Civil Veterinary Dept. North-West Frontier Province 1901-22 - 1901-1922
Year: 1901
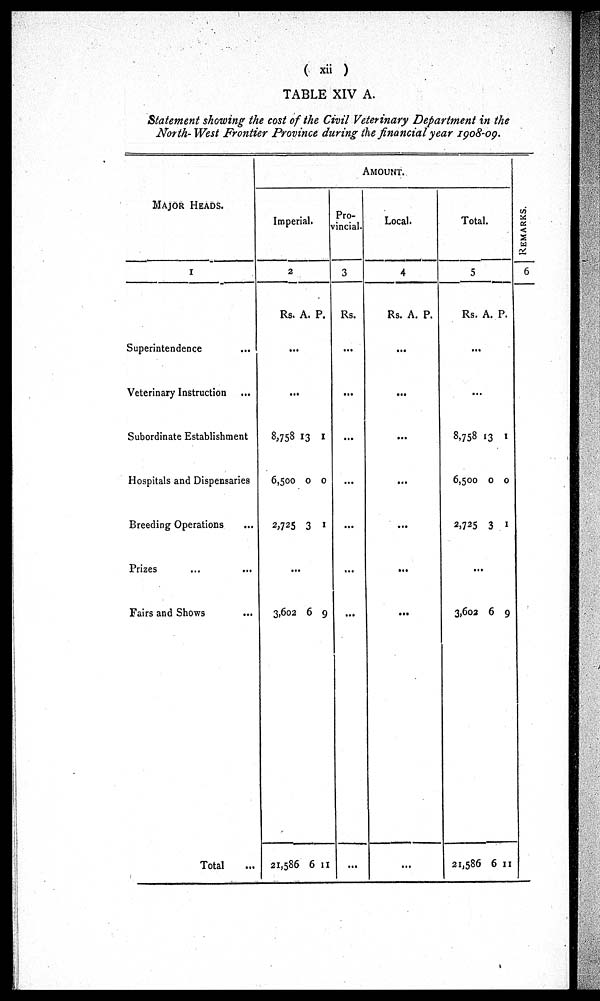
( xii )
TABLE XIV A.
Statement showing the cost of the Civil Veterinary Department in the
North-West Frontier Province during the financial year 1908-09.
MAJOR HEADS.
1
Superintendence ...
Veterinary Instruction ...
Subordinate Establishment
Hospitals and Dispensaries
Breeding Operations ...
Prizes ... ...
Fairs and Shows ...
Total ...
AMOUNT.
Imperial.
2
Rs.
8,758
6,500
2,725
...
3,602
21,586
A.
...
...
13
0
3
6
6
P.
1
0
1
9
11
Pro-
vincial.
3
Rs.
...
...
...
...
...
...
...
Local.
4
Rs. A.
...
...
...
...
...
...
...
...
P.
Total.
5
Rs.
...
...
8,758
6,500
2,725
3,602
21,586
A.
13
0
3
...
6
6
P.
1
0
1
9
11
REMARKS.
6